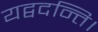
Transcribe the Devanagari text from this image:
यद्वदन्ति।